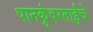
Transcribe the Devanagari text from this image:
पानकुंवरताईंचे